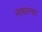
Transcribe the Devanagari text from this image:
नाथान्चा